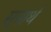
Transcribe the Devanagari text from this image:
सूत्रार्थ